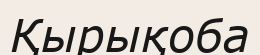
Қырықоба